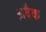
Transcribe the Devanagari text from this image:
अवैक